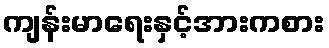
ကျန်းမာရေးနှင့်အားကစား